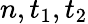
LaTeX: n,t_{1},t_{2}